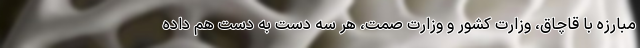
مبارزه با قاچاق، وزارت کشور و وزارت صمت، هر سه دست به دست هم داده